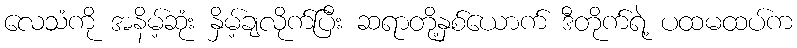
လေသံကို အနိမ့်ဆုံး နှိမ့်ချလိုက်ပြီး ဆရာတို့နှစ်ယောက် ဒီတိုက်ရဲ့ ပထမထပ်က